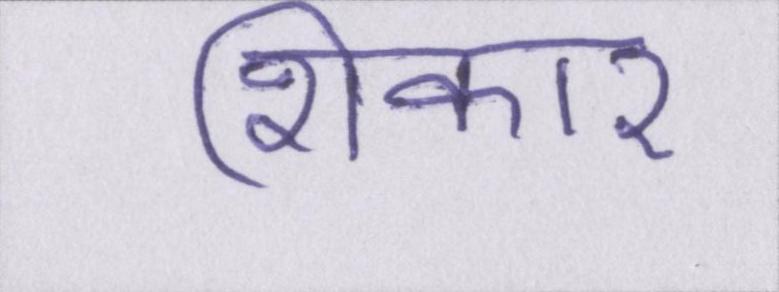
शिकार